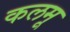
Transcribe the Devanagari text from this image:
कलमू